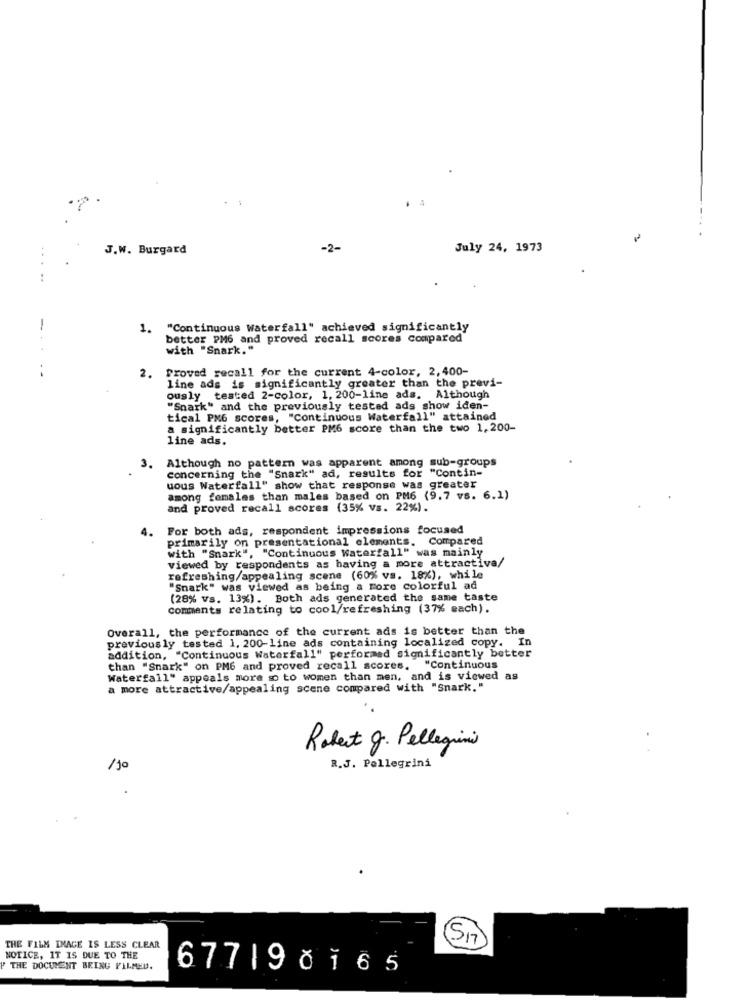
. 4
J.W. Burgard
-2-
July 24, 1973
-
1. "Continuous Waterfall" achieved significantly
better PM6 and proved recall scores compared
with "Snark."
Proved recall for the current 4-color, 2,400-
2.
line ads is significantly greater than the previ-
ously tested 2-color, 1, 200-line ads. Although
"Snark" and the previously tested ads show iden-
tical PM6 scores, "Continuous Waterfall" attained
a significantly better PM6 score than the two 1, 200-
line ads.
Although no pattern was apparent among sub-groups
concerning the "Snark" ad, results for "Contin-
uous Waterfall" show that response was greater
among females than males based on PM6 (9.7 vs. 6.1)
and proved recall scores (35% vs. 22%).
4.
For both ads, respondent impressions focused
primarily on presentational elements. Compared
with "Snark", "Continuous Waterfall" was mainly
viewed by respondents as having a more attractive/
refreshing/appealing scene (60% vs. 18%), while
"Snark" was viewed as being a Fore colorful ad
(28% vs. 13%). Both ads generated the same taste
comments relating to cool/refreshing (37% each).
Overall, the performance of the current ads is better than the
previous ly tested 1, 200-line ads containing localized copy. In
addition, "Continuous Waterfall" performed significantly better
than "Snark" on PM6 and proved recall scores. "Continuous
Waterfall" appeals more so to women than men, and is viewed as
a more attractive/appealing scene compared with "Snark."
Robert g. Pellegrini
R.J. Pellegrini
(S17
THE FILM IMAGE IS LESS CLEAR
NOTICE, IT IS DUE TO THE
" THE DOCUMENT BEING FILMEU.
67719č165